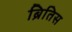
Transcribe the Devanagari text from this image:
ब्रितिस